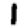
Digit: 1